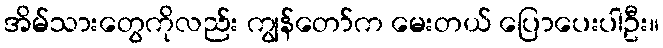
အိမ်သားတွေကိုလည်း ကျွန်တော်က မေးတယ် ပြောပေးပါဦး။